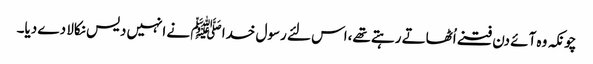
چونکہ وہ آئے دن فتنے اُٹھاتے رہتے تھے،اس لئے رسول خدا ﷺ نے انہیں دیس نکالا دے دیا۔